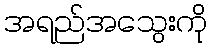
အရည်အသွေးကို